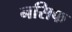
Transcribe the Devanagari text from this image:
नसिफ